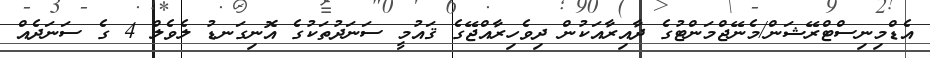
އެޑްމިނިސްޓްރޭޝަން/މެނޭޖްމަންޓުގެ ދާއިރާއަކުން ދިވެހިރާއްޖޭގެ ޤައުމީ ސަނަދުތަކުގެ އޮނިގަނޑު ލެވެލް 4 ގެ ސަނަދެއް